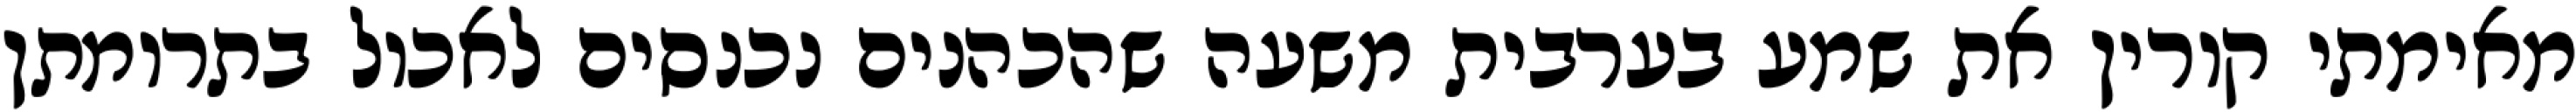
מאימתי קורין את שמע בערבית משעה שהכהנים נכנסים לאכול בתרומתן